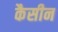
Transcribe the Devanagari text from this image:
कैसीन